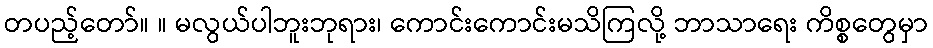
တပည့်တော်။ ။ မလွယ်ပါဘူးဘုရား၊ ကောင်းကောင်းမသိကြလို့ ဘာသာရေး ကိစ္စတွေမှာ